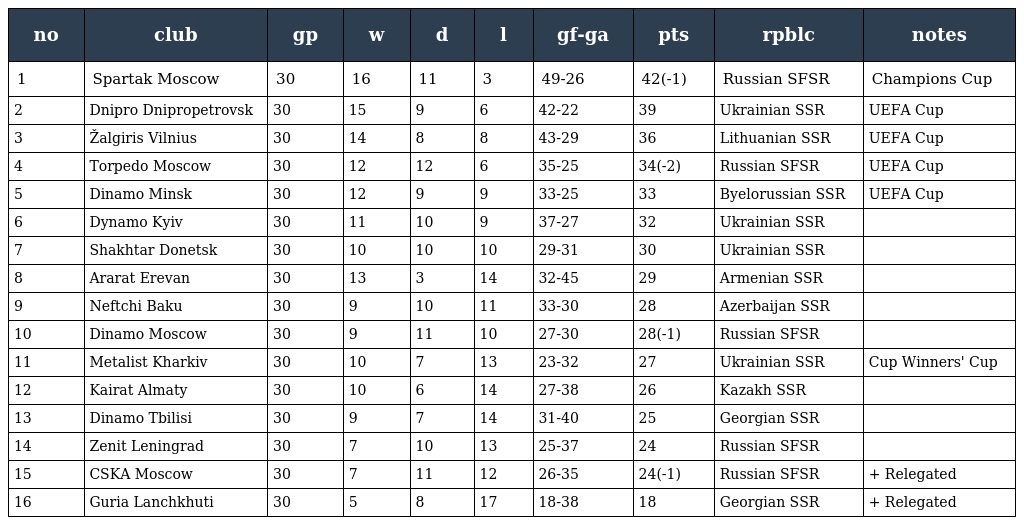
| no | club | gp | w | d | l | gf-ga | pts | rpblc | notes |
 | --- | --- | --- | --- | --- | --- | --- | --- | --- | --- |
 | 1 | Spartak Moscow | 30 | 16 | 11 | 3 | 49-26 | 42(-1) | Russian SFSR | Champions Cup |
 | 2 | Dnipro Dnipropetrovsk | 30 | 15 | 9 | 6 | 42-22 | 39 | Ukrainian SSR | UEFA Cup |
 | 3 | Žalgiris Vilnius | 30 | 14 | 8 | 8 | 43-29 | 36 | Lithuanian SSR | UEFA Cup |
 | 4 | Torpedo Moscow | 30 | 12 | 12 | 6 | 35-25 | 34(-2) | Russian SFSR | UEFA Cup |
 | 5 | Dinamo Minsk | 30 | 12 | 9 | 9 | 33-25 | 33 | Byelorussian SSR | UEFA Cup |
 | 6 | Dynamo Kyiv | 30 | 11 | 10 | 9 | 37-27 | 32 | Ukrainian SSR |  |
 | 7 | Shakhtar Donetsk | 30 | 10 | 10 | 10 | 29-31 | 30 | Ukrainian SSR |  |
 | 8 | Ararat Erevan | 30 | 13 | 3 | 14 | 32-45 | 29 | Armenian SSR |  |
 | 9 | Neftchi Baku | 30 | 9 | 10 | 11 | 33-30 | 28 | Azerbaijan SSR |  |
 | 10 | Dinamo Moscow | 30 | 9 | 11 | 10 | 27-30 | 28(-1) | Russian SFSR |  |
 | 11 | Metalist Kharkiv | 30 | 10 | 7 | 13 | 23-32 | 27 | Ukrainian SSR | Cup Winners' Cup |
 | 12 | Kairat Almaty | 30 | 10 | 6 | 14 | 27-38 | 26 | Kazakh SSR |  |
 | 13 | Dinamo Tbilisi | 30 | 9 | 7 | 14 | 31-40 | 25 | Georgian SSR |  |
 | 14 | Zenit Leningrad | 30 | 7 | 10 | 13 | 25-37 | 24 | Russian SFSR |  |
 | 15 | CSKA Moscow | 30 | 7 | 11 | 12 | 26-35 | 24(-1) | Russian SFSR | + Relegated |
 | 16 | Guria Lanchkhuti | 30 | 5 | 8 | 17 | 18-38 | 18 | Georgian SSR | + Relegated |